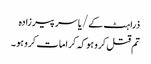
ذرا ہٹ کے/یاسر پیرزادہ
تم قتل کرو ہو کہ کرامات کرو ہو۔